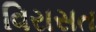
વિરાસત